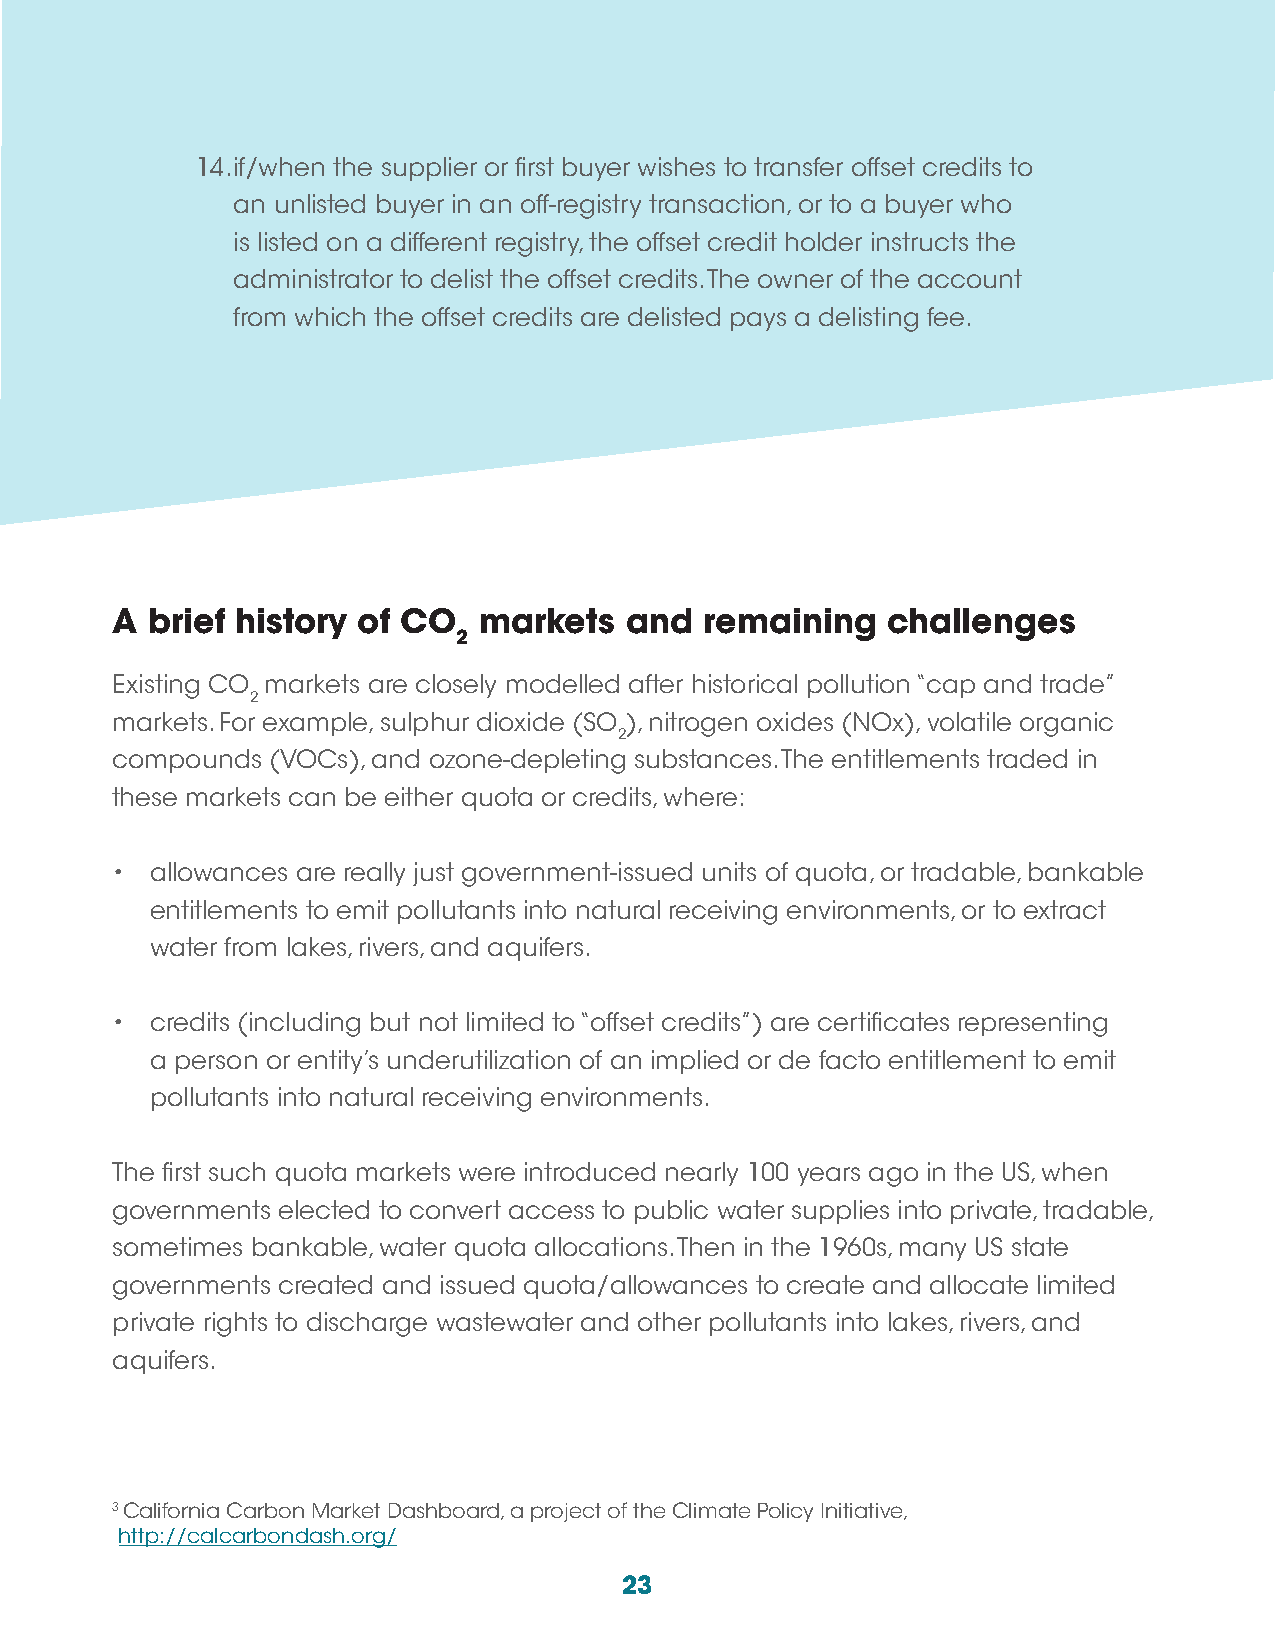
14. if/when the supplier or first buyer wishes to transfer offset credits to
 an unlisted buyer in an off-registry transaction, or to a buyer who
 is listed on a different registry, the offset credit holder instructs the
 administrator to delist the offset credits. The owner of the account
 from which the offset credits are delisted pays a delisting fee.
 A  brief history of CO   markets  and   remaining   challenges
 2
 Existing CO markets are closely modelled after historical pollution “cap and trade”
 2
 markets. For example, sulphur dioxide (SO ), nitrogen oxides (NOx), volatile organic
 2
 compounds  (VOCs), and ozone-depleting substances. The entitlements traded in
 these markets can be either quota or credits, where:
 •  allowances are really just government-issued units of quota, or tradable, bankable
 entitlements to emit pollutants into natural receiving environments, or to extract
 water from lakes, rivers, and aquifers.
 •  credits (including but not limited to “offset credits”) are certificates representing
 a person or entity’s underutilization of an implied or de facto entitlement to emit
 pollutants into natural receiving environments.
 The first such quota markets were introduced nearly 100 years ago in the US, when
 governments elected to convert access to public water supplies into private, tradable,
 sometimes bankable, water quota allocations. Then in the 1960s, many US state
 governments created and issued quota/allowances to create and allocate limited
 private rights to discharge wastewater and other pollutants into lakes, rivers, and
 aquifers.
 3 California Carbon Market Dashboard, a project of the Climate Policy Initiative,
 http://calcarbondash.org/
 23